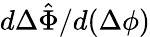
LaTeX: d\Delta\hat{\Phi}/d(\Delta\phi)